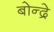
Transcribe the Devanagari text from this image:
बोन्द्रे